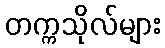
တက္ကသိုလ်များ